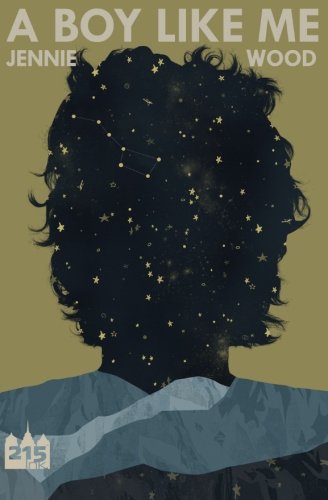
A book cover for A Boy Like Me; Jennie Wood; Teen & Young Adult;